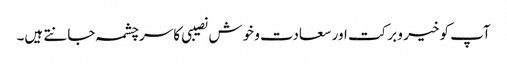
آپ کو خیر و برکت اور سعادت و خوش نصیبی کا سرچشمہ جانتے ہیں۔